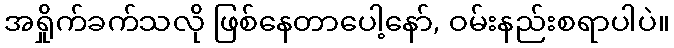
အရှိုက်ခက်သလို ဖြစ်နေတာပေါ့နော်, ဝမ်းနည်းစရာပါပဲ။